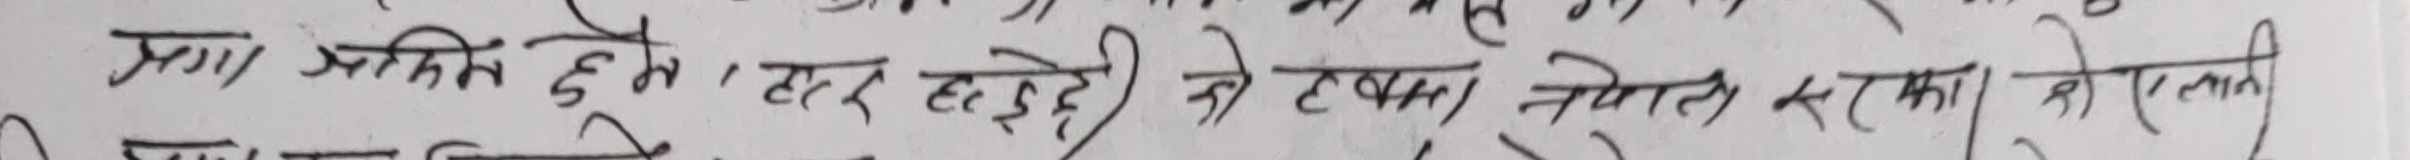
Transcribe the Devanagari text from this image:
भया अधिक हुने। हरहर ईडरी हो । त्यका तत्फल सका हो एल्नी